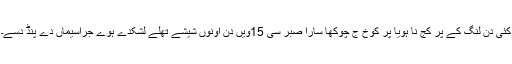
کئی دن لنگ کے پر کج نا ہویا پر کوخ ج چوکھا سارا صبر سی 15ویں دن اونوں شیشے تھلے لشکدے ہوے جراسیماں دے پنڈ دسے۔